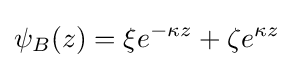
\psi _{B}(z)=\xi e^{-\kappa z}+\zeta e^{\kappa z}